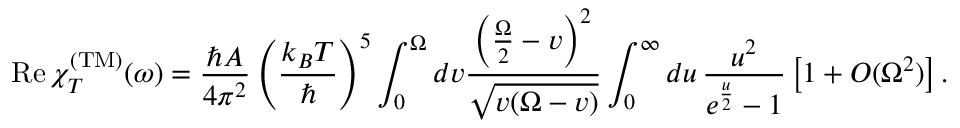
\mathrm { R e } \, \chi _ { T } ^ { \mathrm { ( T M ) } } ( \omega ) = \frac { \hbar A } { 4 \pi ^ { 2 } } \left( \frac { k _ { B } T } { \hbar } \right) ^ { 5 } \int _ { 0 } ^ { \Omega } d v \frac { \left( \frac { \Omega } { 2 } - v \right) ^ { 2 } } { \sqrt { v ( \Omega - v ) } } \int _ { 0 } ^ { \infty } d u \, \frac { u ^ { 2 } } { e ^ { \frac { u } { 2 } } - 1 } \left[ 1 + { \cal O } ( \Omega ^ { 2 } ) \right] .